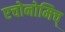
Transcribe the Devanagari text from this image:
एचोनोमिच्